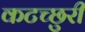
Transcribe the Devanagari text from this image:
कटच्छुरी